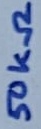
Text: 50KΩ